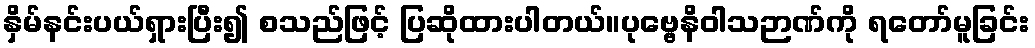
နှိမ်နင်းပယ်ရှားပြီး၍ စသည်ဖြင့် ပြဆိုထားပါတယ်။ပုဗ္ဗေနိဝါသဉာဏ်ကို ရတော်မူခြင်း